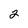
Character: 2